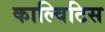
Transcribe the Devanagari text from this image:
काल्विटिस